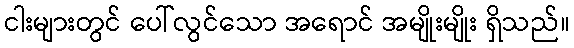
ငါးများတွင် ပေါ်လွင်သော အရောင် အမျိုးမျိုး ရှိသည်။